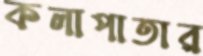
কলাপাতার